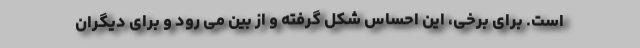
است. برای برخی، این احساس شکل گرفته و از بین می رود و برای دیگران